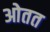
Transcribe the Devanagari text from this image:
ओतत